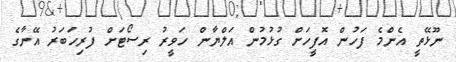
ނޫޅޭތީ އެންމެ ފަހުން އޮފީހަށް ގުޅުމުން އަލްޔާން ހަވީރު ރިސޯޓަށް ފުރިހަބަރު އޭނާގެ